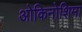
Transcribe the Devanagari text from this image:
ओकिनोशिमा